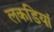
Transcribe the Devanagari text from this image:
लकडियां